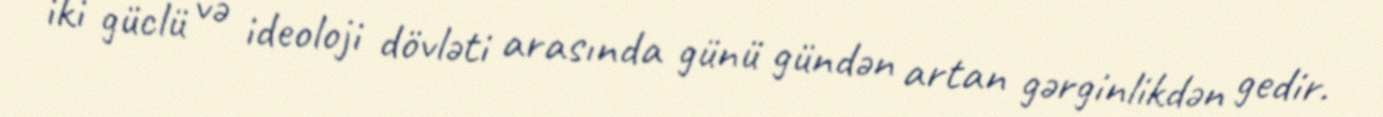
iki güclü və ideoloji dövləti arasında günü gündən artan gərginlikdən gedir.